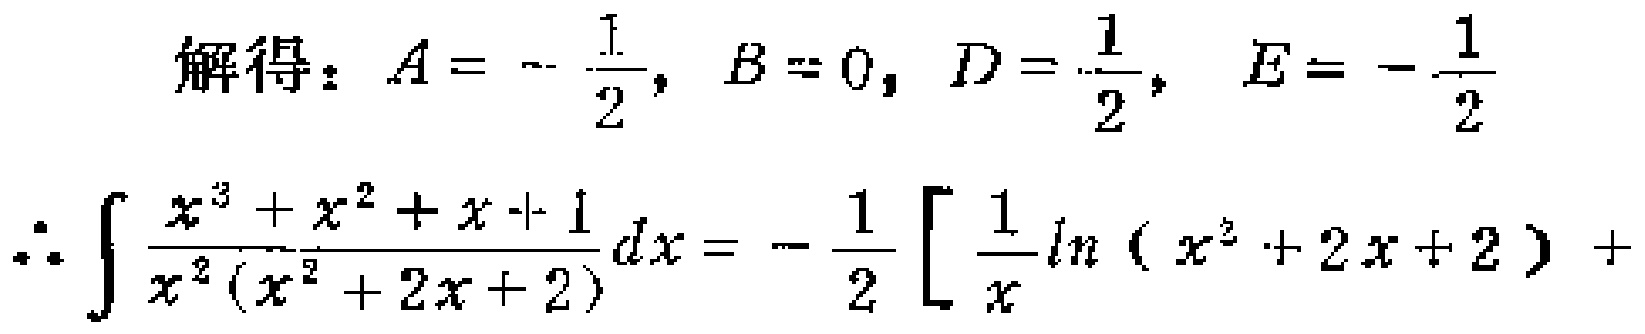
\[

\begin{align*}

\text{解得：}A&=-\frac{1}{2}, B = 0, D=\frac{1}{2}, E=-\frac{1}{2}\\

\therefore\int\frac{x^{3}+x^{2}+x + 1}{x^{2}(x^{2}+2x + 2)}dx&=-\frac{1}{2}\left[\frac{1}{x}\ln(x^{2}+2x + 2)\right]+

\end{align*}

\]